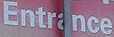
Entrance